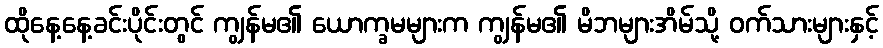
ထိုနေ့နေ့ခင်းပိုင်းတွင် ကျွန်မ၏ ယောက္ခမများက ကျွန်မ၏ မိဘများအိမ်သို့ ဝက်သားများနှင့်